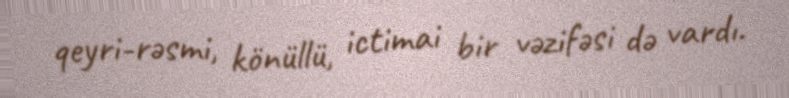
qeyri-rəsmi, könüllü, ictimai bir vəzifəsi də vardı.